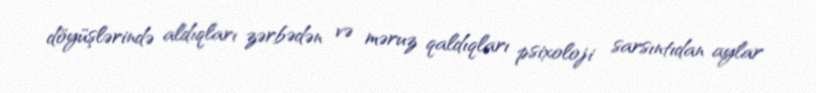
döyüşlərində aldıqları zərbədən və məruz qaldıqları psixoloji sarsıntıdan aylar